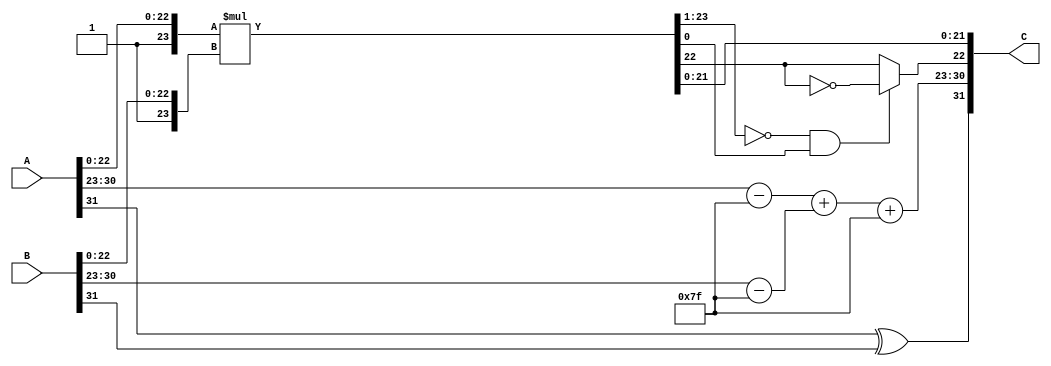
module fp_multiplier (
    input [31:0] A, // First floating-point number
    input [31:0] B, // Second floating-point number
    output reg [31:0] C // Resultant floating-point number
);
    // Constants
    localparam EXPONENT_BIAS = 127;
    localparam EXPONENT_WIDTH = 8;
    localparam SIGNIFICAND_WIDTH = 23;

    // Intermediate signals
    reg sign_a, sign_b, sign_c;
    reg [EXPONENT_WIDTH-1:0] exp_a, exp_b, exp_c;
    reg [SIGNIFICAND_WIDTH:0] sig_a, sig_b, sig_c; // Include implicit leading 1

    // Extract sign, exponent, and significand
    always @(*) begin
        sign_a = A[31];
        sign_b = B[31];
        exp_a = A[30:23] - EXPONENT_BIAS; // Unbiased exponent
        exp_b = B[30:23] - EXPONENT_BIAS; // Unbiased exponent
        sig_a = {1'b1, A[22:0]}; // Leading 1 for normalized numbers
        sig_b = {1'b1, B[22:0]}; // Leading 1 for normalized numbers

        // Sign calculation
        sign_c = sign_a ^ sign_b;

        // Exponent calculation
        exp_c = exp_a + exp_b + EXPONENT_BIAS; // Add exponents and apply bias

        // Significand multiplication
        sig_c = sig_a * sig_b; // Multiply significands

        // Normalization
        if (sig_c[47]) begin // 47 is the width of sig_a + sig_b
            sig_c = sig_c >> 1; // Right shift to normalize
            exp_c = exp_c + 1; // Adjust exponent
        end

        // Rounding (to nearest even)
        // Check the bits after the first 24 bits for rounding
        if (sig_c[23:1] == 23'b0 && sig_c[0]) begin // If there's a 1 in the last bit
            sig_c[22] = ~sig_c[22]; // Round up
        end

        // Final assembly
        C = {sign_c, exp_c[7:0], sig_c[22:0]}; // Combine into output
    end

endmodule